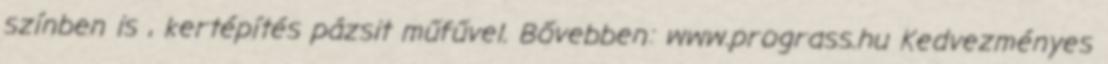
színben is , kertépítés pázsit műfűvel. Bővebben: www.prograss.hu Kedvezményes